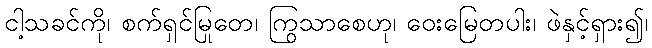
ငါ့သခင်ကို၊ စက်ရှင်မြုတေ၊ ကြွသာစေဟု၊ ဝေးမြေတပါး၊ ဖဲနှင့်ရှား၍၊